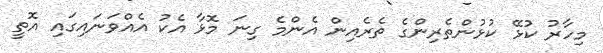
މިހާރު ކުޅޭ ކުޅުންތެރިންގެ ތެރެއިން އެންމެ ގިނަ މޮޅާ އެކު އެއްވަނައިގައި އޮތީ